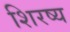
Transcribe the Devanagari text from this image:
शिरष्य